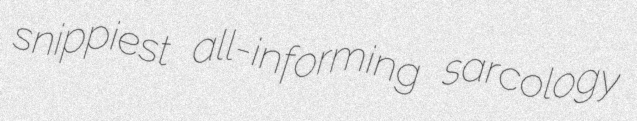
snippiest all-informing sarcology